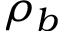
\rho _ { b }